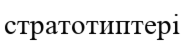
стратотиптері